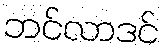
ဘင်လာဒင်